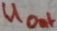
Text: UOut